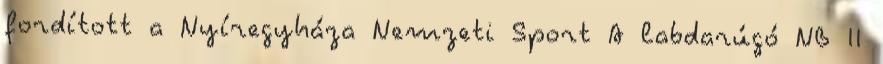
fordított a Nyíregyháza Nemzeti Sport A labdarúgó NB II